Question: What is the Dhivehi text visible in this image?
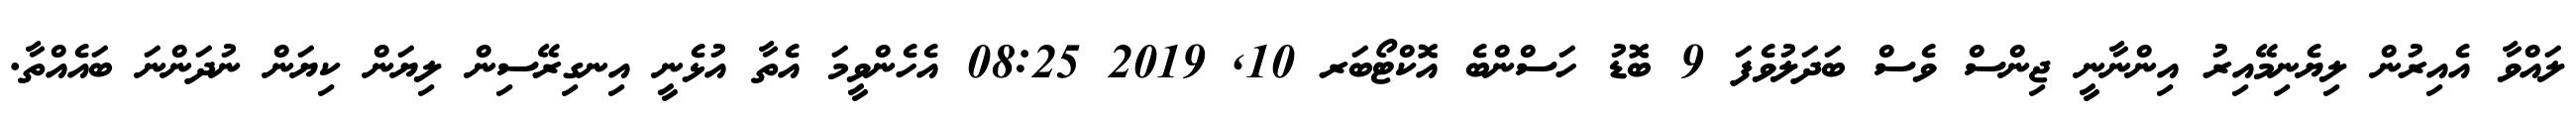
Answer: ލައްވާ އެއިރުން ލިޔެނިމޭއިރު އިންނާނީ ޖިންސް ވެސް ބަދަލުވެފަ 9 ބޮޑު ހަސްންބެ އޮކްޓޯބަރ 10, 2019 08:25 އެހެންވީމަ އެތާ އުޅެނީ އިނގިރޭސިން ލިޔަން ކިޔަން ނުދަންނަ ބައެއްތާ.